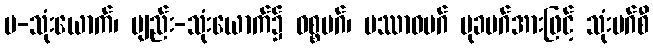
မ-သုံးယောက်၊ ဗျည်း-သုံးယောက်၌ ဝစ္စမဂ်၊ ပဿာဝမဂ် မုခမဂ်အားဖြင့် သုံးမဂ်စီ